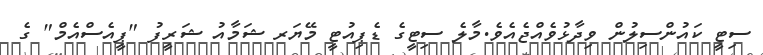
ސިޓީ ކައުންސިލުން ވިދާޅުވެއްޖެއެވެ.މާލެ ސިޓީގެ ޑެޕިއުޓީ މޭޔަރ ޝަމާއު ޝަރީފު "ޕީއެސްއެމް" ގެ